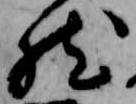
然